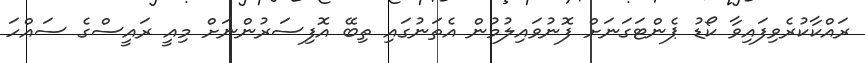
ރައްކާކުރެވިފައިވާ ކޯޑު ޕެންޓަގަނަށް ފޮނުވައިލުމުން އެތަނުގައި ތިބޭ އޮފިސަރުންނަށް މިއީ ރައީސްގެ ސައްހަ